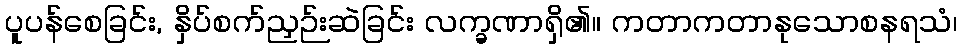
ပူပန်စေခြင်း, နှိပ်စက်ညှဉ်းဆဲခြင်း လက္ခဏာရှိ၏။ ကတာကတာနုသောစနရသံ၊